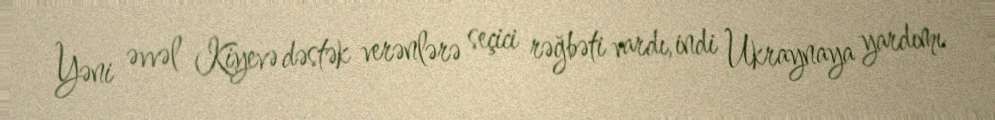
Yəni əvvəl Kiyevə dəstək verənlərə seçici rəğbəti vardı, indi Ukraynaya yardımı